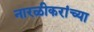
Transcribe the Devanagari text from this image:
नारळीकरांच्या